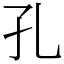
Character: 孔